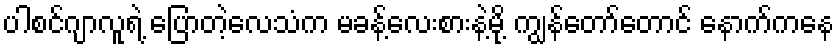
ပါစင်ဂျာလူရဲ့ ပြောတဲ့လေသံက မခန့်လေးစားနဲ့မို့ ကျွန်တော်တောင် နောက်ကနေ